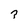
Character: 3